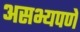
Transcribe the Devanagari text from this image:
असभ्यपणे